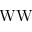
\mathrm { W W }